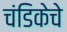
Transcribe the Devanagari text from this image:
चंडिकेचे